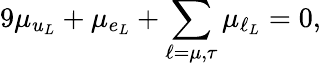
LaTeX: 9\mu_{u_{L}}+\mu_{e_{L}}+\sum_{\ell=\mu,\tau}\mu_{\ell_{L}}=0,